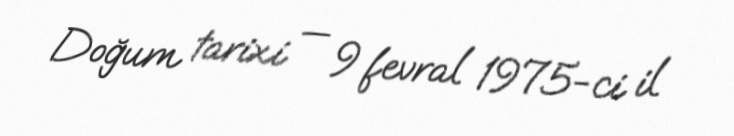
Doğum tarixi — 9 fevral 1975-ci il